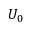
U _ { 0 }